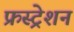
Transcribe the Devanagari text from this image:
फ्रस्ट्रेशन